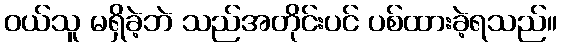
ဝယ်သူ မရှိခဲ့ဘဲ သည်အတိုင်းပင် ပစ်ထားခဲ့ရသည်။